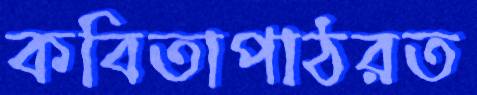
কবিতাপাঠরত